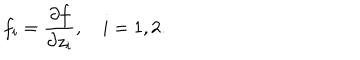
f _ { i } = { \frac { \partial f } { \partial z _ { i } } } , \quad i = 1 , 2 .